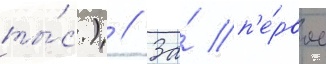
ты́с.) // За́ п'е́рвое